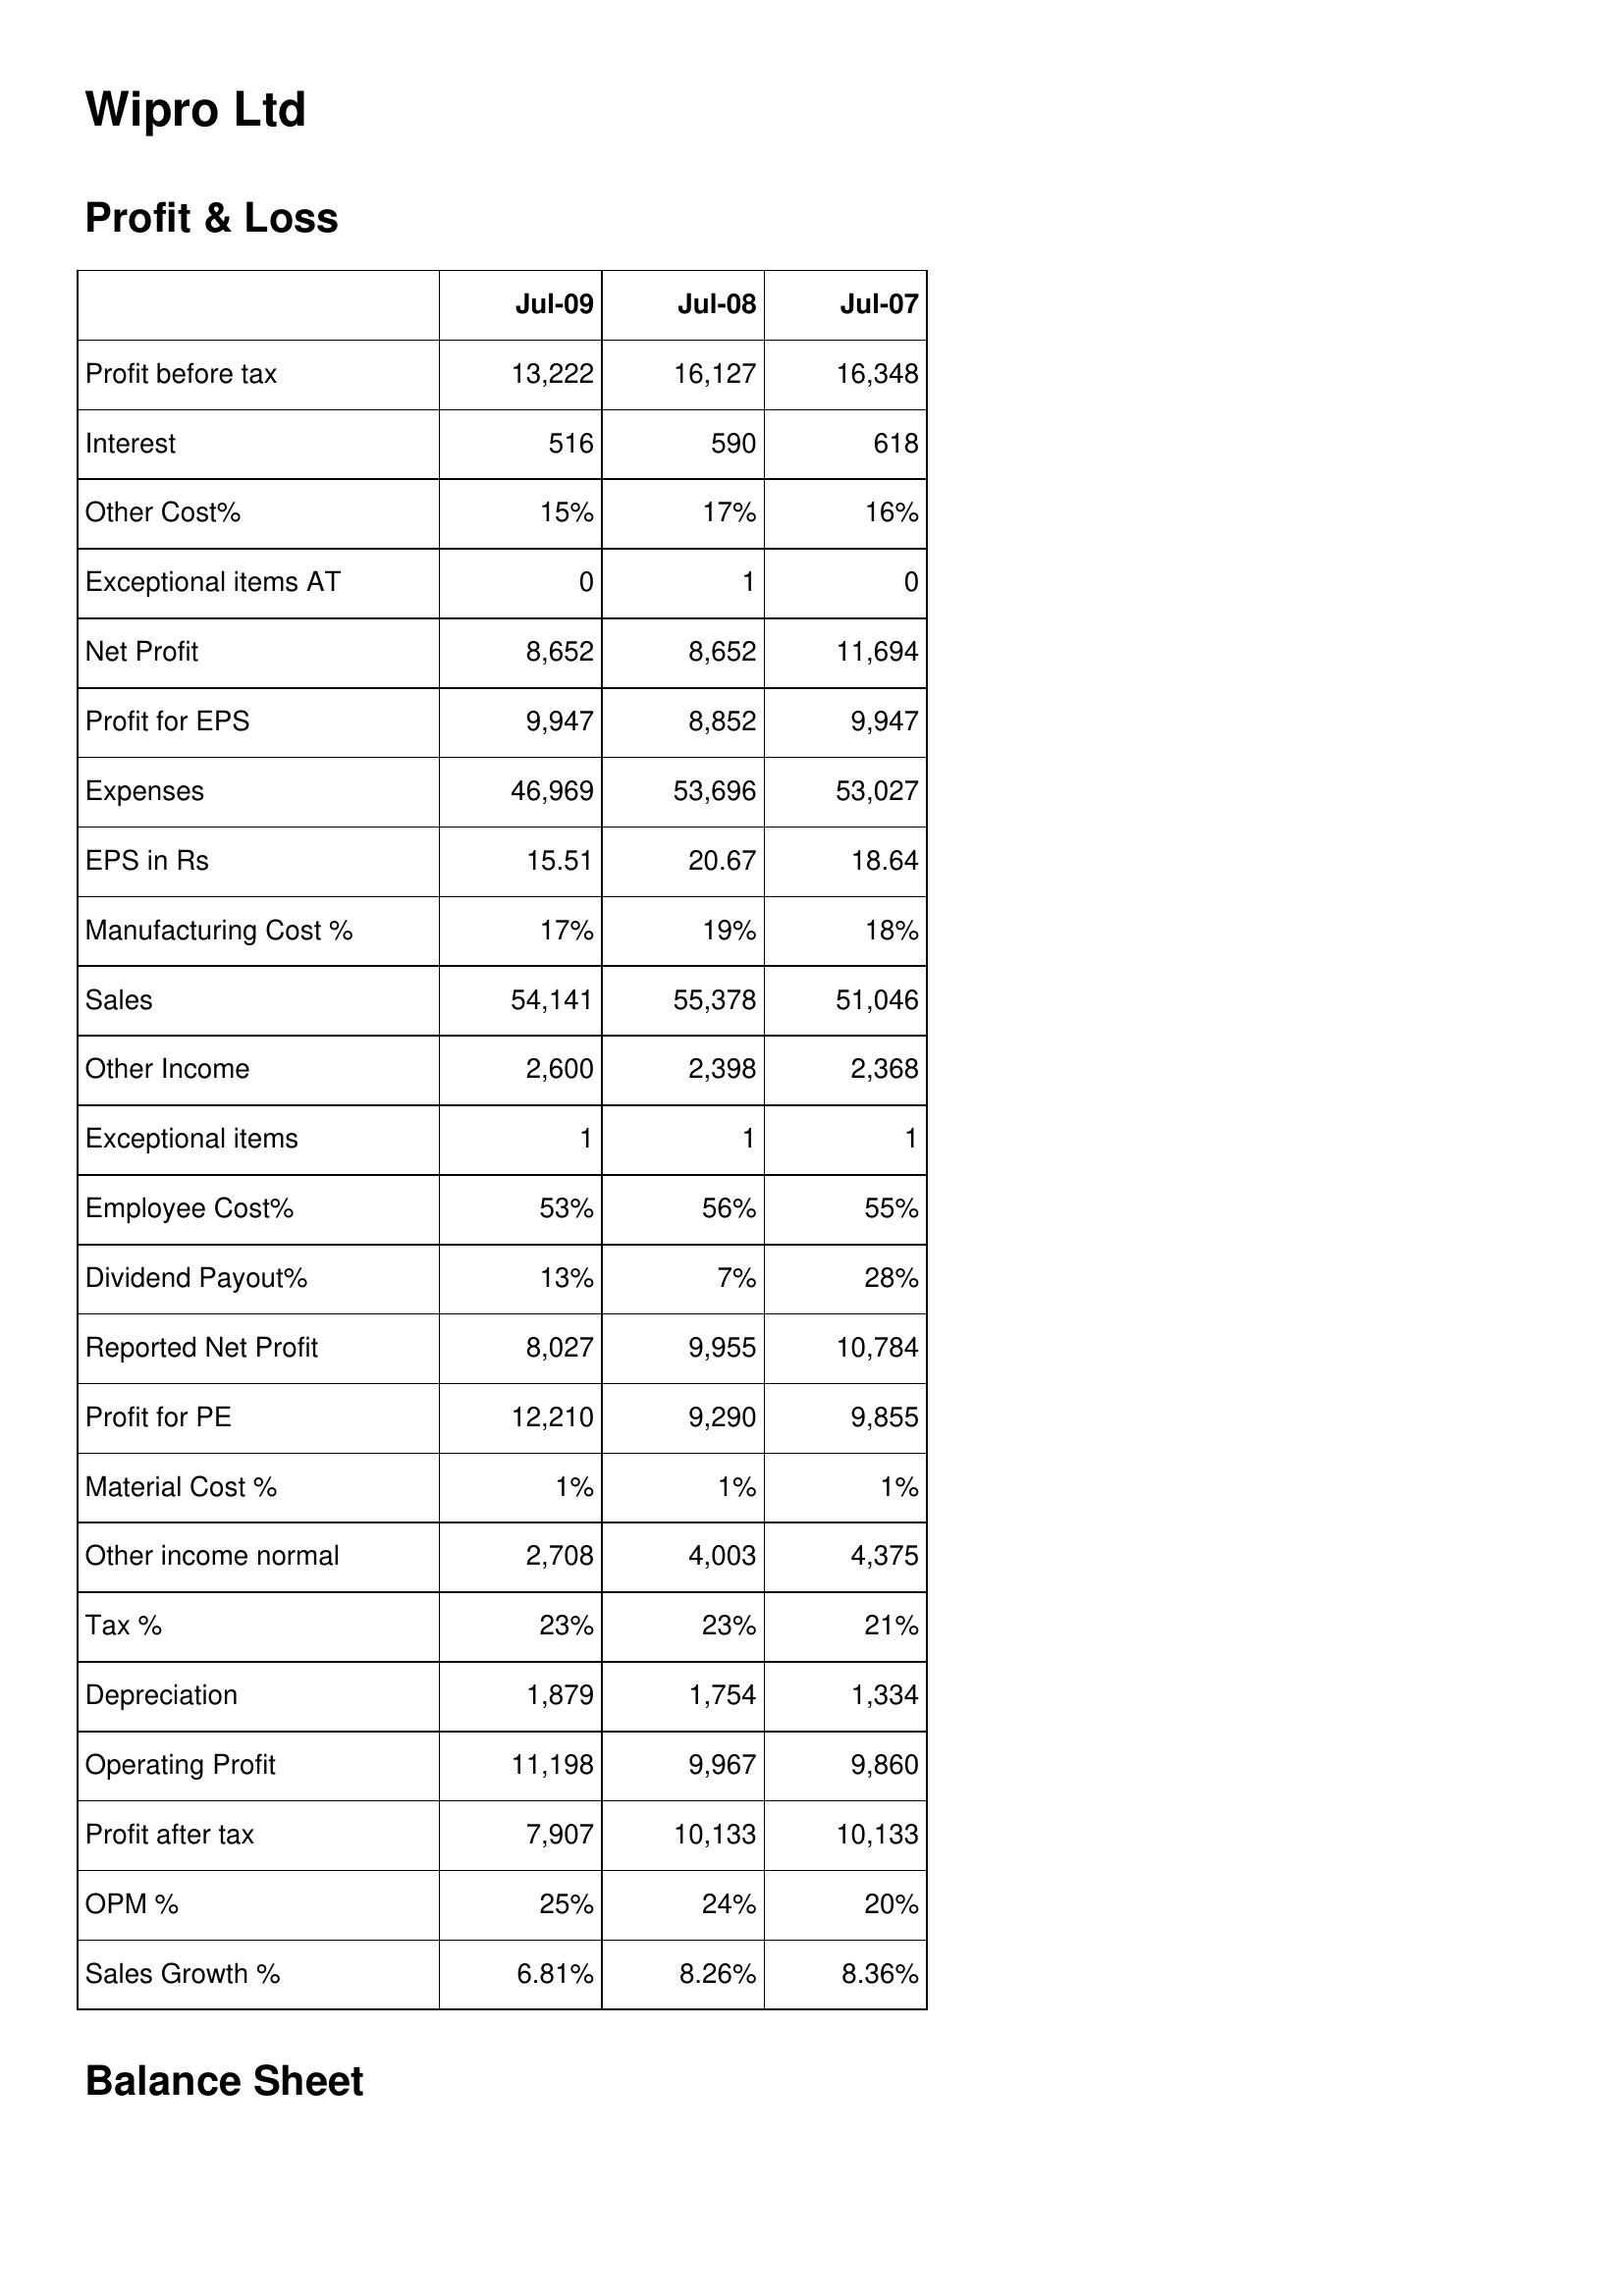
Jul-09: Profit & Loss: Profit before tax: 13,222
Interest: 516
Other Cost%: 15%
Exceptional items AT: 0
Net Profit: 8,652
Profit for EPS: 9,947
Expenses: 46,969
EPS in Rs: 15.51
Manufacturing Cost %: 17%
Sales: 54,141
Other Income: 2,600
Exceptional items: 1
Employee Cost%: 53%
Dividend Payout%: 13%
Reported Net Profit: 8,027
Profit for PE: 12,210
Material Cost %: 1%
Other income normal: 2,708
Tax %: 23%
Depreciation: 1,879
Operating Profit: 11,198
Profit after tax: 7,907
OPM %: 25%
Sales Growth %: 6.81%
Jul-08: Profit & Loss: Profit before tax: 16,127
Interest: 590
Other Cost%: 17%
Exceptional items AT: 1
Net Profit: 8,652
Profit for EPS: 8,852
Expenses: 53,696
EPS in Rs: 20.67
Manufacturing Cost %: 19%
Sales: 55,378
Other Income: 2,398
Exceptional items: 1
Employee Cost%: 56%
Dividend Payout%: 7%
Reported Net Profit: 9,955
Profit for PE: 9,290
Material Cost %: 1%
Other income normal: 4,003
Tax %: 23%
Depreciation: 1,754
Operating Profit: 9,967
Profit after tax: 10,133
OPM %: 24%
Sales Growth %: 8.26%
Jul-07: Profit & Loss: Profit before tax: 16,348
Interest: 618
Other Cost%: 16%
Exceptional items AT: 0
Net Profit: 11,694
Profit for EPS: 9,947
Expenses: 53,027
EPS in Rs: 18.64
Manufacturing Cost %: 18%
Sales: 51,046
Other Income: 2,368
Exceptional items: 1
Employee Cost%: 55%
Dividend Payout%: 28%
Reported Net Profit: 10,784
Profit for PE: 9,855
Material Cost %: 1%
Other income normal: 4,375
Tax %: 21%
Depreciation: 1,334
Operating Profit: 9,860
Profit after tax: 10,133
OPM %: 20%
Sales Growth %: 8.36%